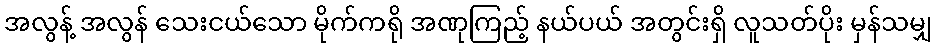
အလွန့် အလွန် သေးငယ်သော မိုက်ကရို အဏုကြည့် နယ်ပယ် အတွင်းရှိ လူသတ်ပိုး မှန်သမျှ